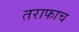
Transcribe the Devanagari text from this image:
तराफाच